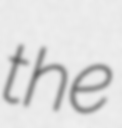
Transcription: the